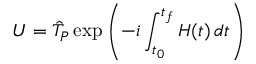
U = \hat { \cal T } _ { \cal P } \exp \left( - i \int _ { t _ { 0 } } ^ { t _ { f } } H ( t ) \, d t \right)